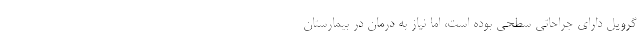
گرِویل دارای جراحاتی سطحی بوده است، اما نیاز به درمان در بیمارستان